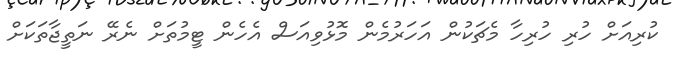
ކުރިއަށް ހުރި ހުރިހާ މެޗަކުން އަހަރުމެން މޮޅުވިއަސް އެހެން ޓީމުތަށް ނެރޭ ނަތީޖާތަކަށް